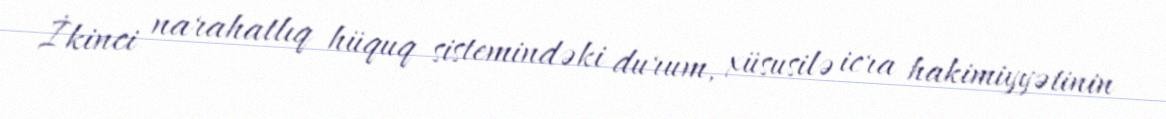
İkinci narahatlıq hüquq sistemindəki durum, xüsusilə icra hakimiyyətinin